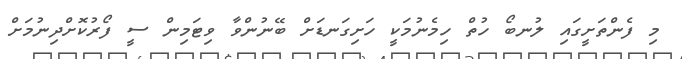
މި ފެންތަށީގައި ލުނބޯ ހުތް ހިމެނުމަކީ ހަށިގަނޑަށް ބޭނުންވާ ވިޓަމިން ސީ ފޯރުކޮށްދިނުމަށް